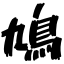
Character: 鳩